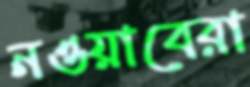
নওয়াবেরা